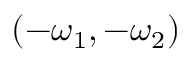
( - \omega _ { 1 } , - \omega _ { 2 } )